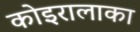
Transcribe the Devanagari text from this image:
कोइरालाका